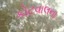
કોટવાલના